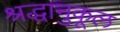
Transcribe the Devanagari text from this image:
श्रद्धानुकूल